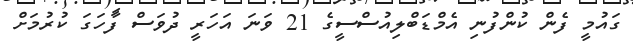
ގައުމީ ފެން ކުންފުނި އެމްޑަބްލިއުސްސީގެ 21 ވަނަ އަހަރީ ދުވަސް ފާހަގަ ކުރުމަށް